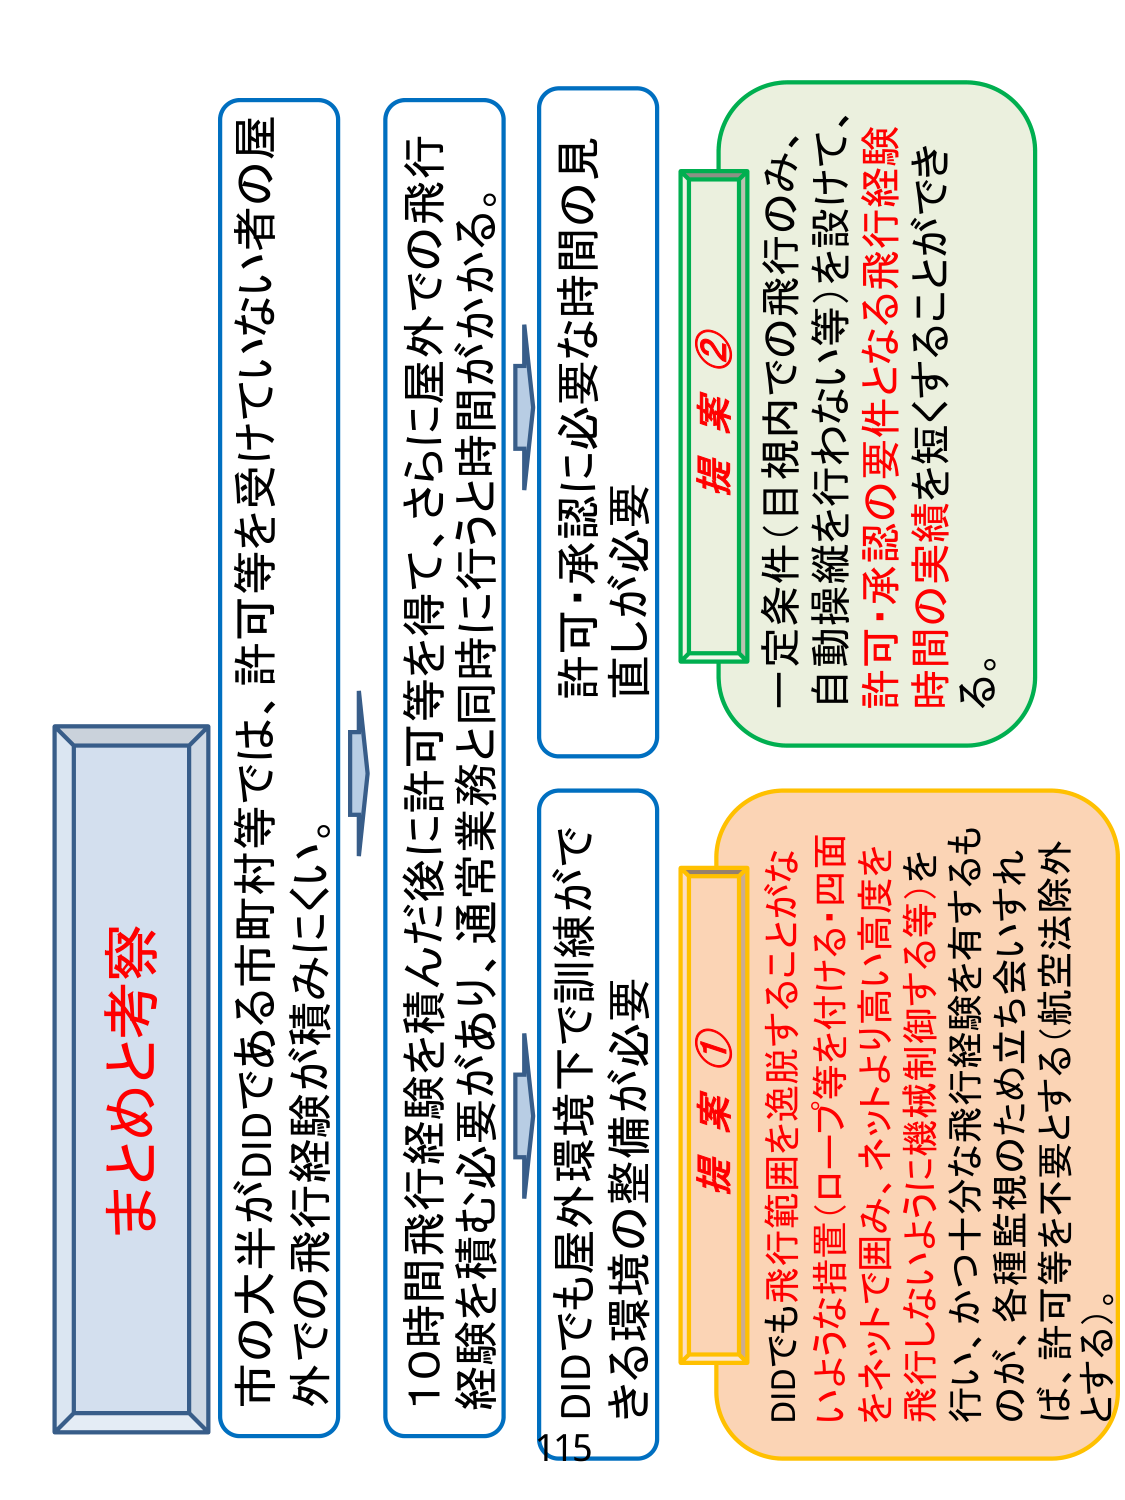
まとめと考察

市の大半がDIDである市町村等では、許可等を受けていない者の屋外での飛行経験が積みにくい。

10時間飛行経験を積んだ後に許可等を得て、さらに屋外での飛行経験を積む必要があり、通常業務と同時に行うと時間がかかる。

DIDでも屋外環境下で訓練ができる環境の整備が必要

許可・承認に必要な時間の見直しが必要

提案①
DIDでも飛行範囲を逸脱することがないような措置（ロープ等を付ける・四面をネットで囲み、ネットより高い高度を飛行しないように機械制御する等）を行い、かつ十分な飛行経験を有するものか、各種監視のため立ち会いすれば、許可等を不要とする（航空法除外とする）。

提案②
一定条件（目視内での飛行のみ、自動操縦を行わない等）を設けて、許可・承認の要件となる飛行経験時間の実績を短くすることができる。